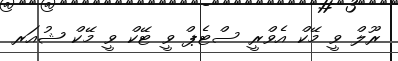
ރޫލް ވީ މޭކް އެވްރީ ސްޓެޕް ވީ ޓޭކް ވީ މޭކް ޝުއަރ